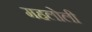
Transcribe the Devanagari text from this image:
महलोली